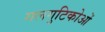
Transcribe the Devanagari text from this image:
गलगुटिकोओं